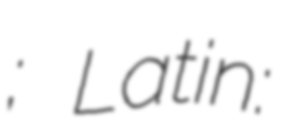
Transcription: ክርስቲያን; Latin: